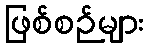
ဖြစ်စဉ်များ